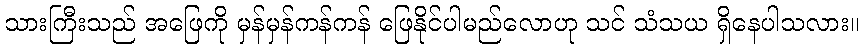
သားကြီးသည် အဖြေကို မှန်မှန်ကန်ကန် ဖြေနိုင်ပါမည်လောဟု သင် သံသယ ရှိနေပါသလား။